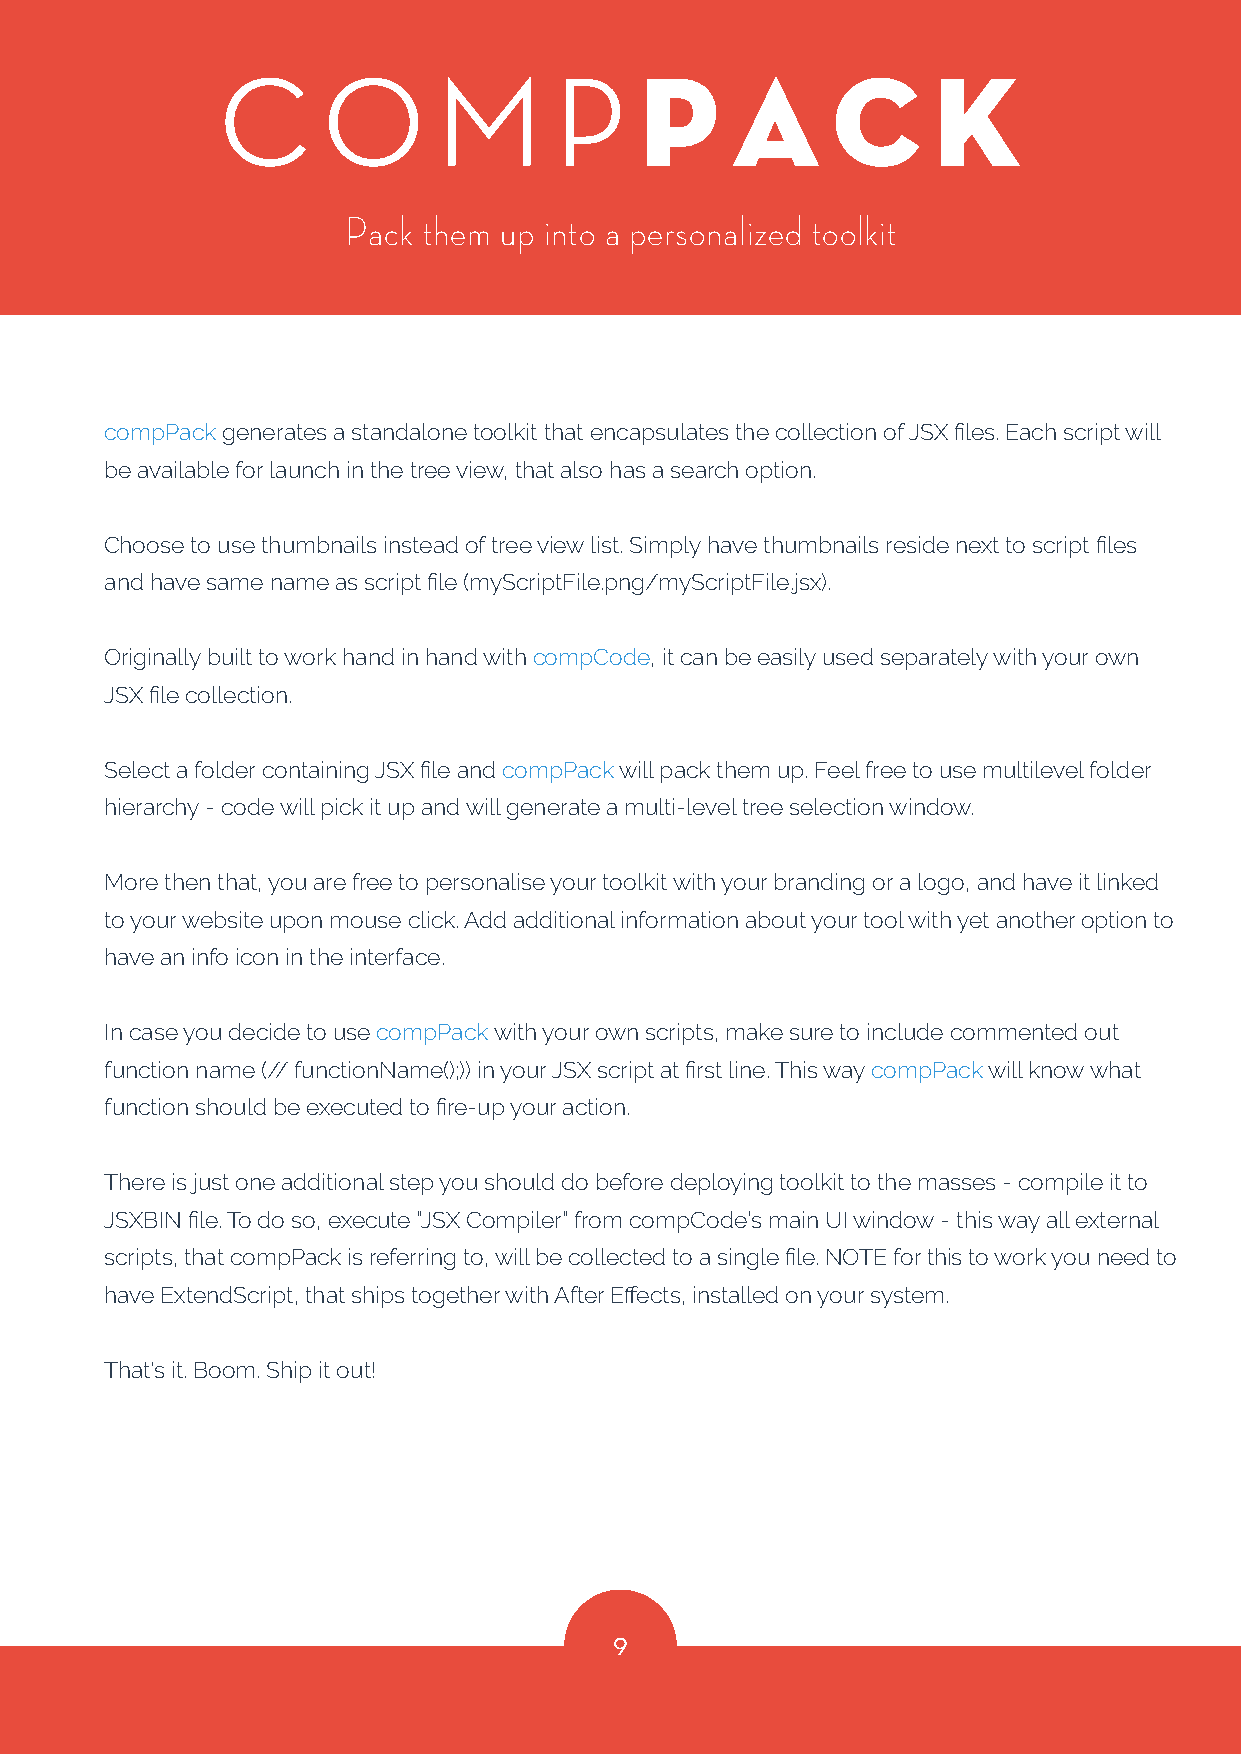
C     O       M       P
 P      A     C      K
 Pack them up into a personalized toolkit
 compPack generates a standalone toolkit that encapsulates the collection of JSX files. Each script will
 be available for launch in the tree view, that also has a search option.
 Choose to use thumbnails instead of tree view list. Simply have thumbnails reside next to script files
 and have same name as script file (myScriptFile.png/myScriptFile.jsx).
 Originally built to work hand in hand with compCode, it can be easily used separately with your own
 JSX file collection.
 Select a folder containing JSX file and compPack will pack them up. Feel free to use multilevel folder
 hierarchy - code will pick it up and will generate a multi-level tree selection window.
 More then that, you are free to personalise your toolkit with your branding or a logo, and have it linked
 to your website upon mouse click. Add additional information about your tool with yet another option to
 have an info icon in the interface.
 In case you decide to use compPack with your own scripts, make sure to include commented out
 function name (// functionName();)) in your JSX script at first line. This way compPack will know what
 function should be executed to fire-up your action.
 There is just one additional step you should do before deploying toolkit to the masses - compile it to
 JSXBIN file. To do so, execute “JSX Compiler” from compCode’s main UI window - this way all external
 scripts, that compPack is referring to, will be collected to a single file. NOTE for this to work you need to
 have ExtendScript, that ships together with After Effects, installed on your system.
 That's it. Boom. Ship it out!
 9